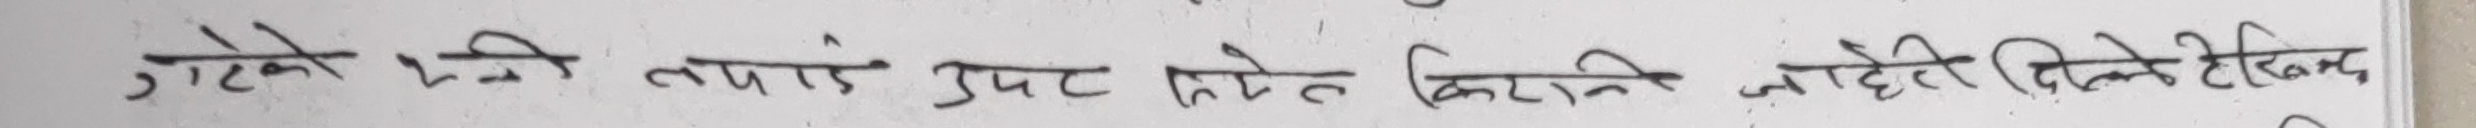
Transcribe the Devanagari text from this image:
गटेको मिली तपाई उपय किमत किनेको होइन लिने हेर्दिन